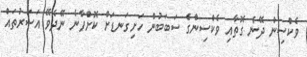
ވެކްސިން ދޭނެ ގޮތާއި ވެކްސިންގެ ސަބަބުން ހަށިގަނޑަށް ކޮށްފާނެ ނޭދެވޭ އަސަރުތައް